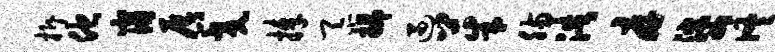
拆他崩唇交捧忝插遇茱肠浩厚婆佟